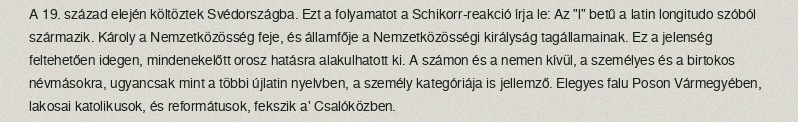
A 19. század elején költöztek Svédországba. Ezt a folyamatot a Schikorr-reakció írja le: Az "l" betű a latin longitudo szóból származik. Károly a Nemzetközösség feje, és államfője a Nemzetközösségi királyság tagállamainak. Ez a jelenség feltehetően idegen, mindenekelőtt orosz hatásra alakulhatott ki. A számon és a nemen kívül, a személyes és a birtokos névmásokra, ugyancsak mint a többi újlatin nyelvben, a személy kategóriája is jellemző. Elegyes falu Poson Vármegyében, lakosai katolikusok, és reformátusok, fekszik a' Csalóközben.